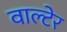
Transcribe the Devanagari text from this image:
वाल्टेर